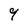
Character: 4